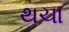
થચા